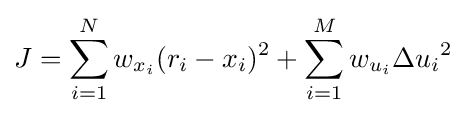
J=\sum _{i=1}^{N}w_{x_{i}}(r_{i}-x_{i})^{2}+\sum _{i=1}^{M}w_{u_{i}}{\Delta u_{i}}^{2}